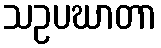
သဥပဃာတာ